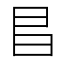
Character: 𫡆